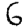
Digit: 6